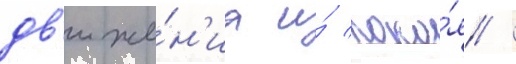
дв'иже́н'иа и́ поко́я /